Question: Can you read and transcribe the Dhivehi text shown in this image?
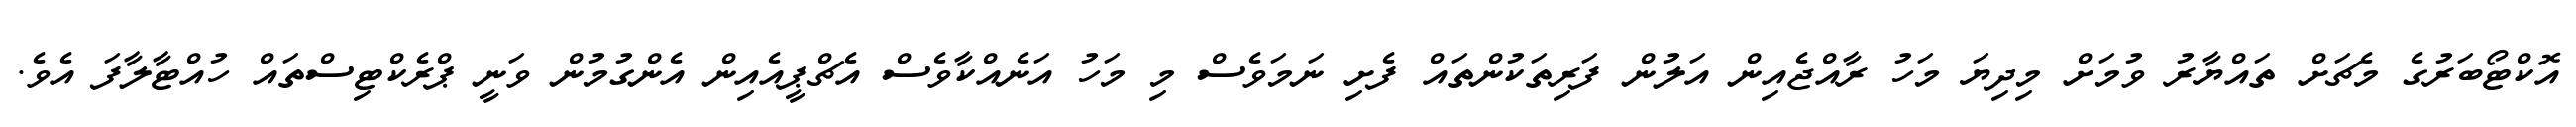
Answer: އޮކްޓޯބަރުގެ މެޗަށް ތައްޔާރު ވުމަށް މިދިޔަ މަހު ރާއްޖެއިން އަލުން ފަރިތަކުންތައް ފެށި ނަމަވެސް މި މަހު އަނެއްކާވެސް އެޗްޕީއެއިން އެންގުމުން ވަނީ ޕްރެކްޓިސްތައް ހުއްޓާލާފަ އެވެ.